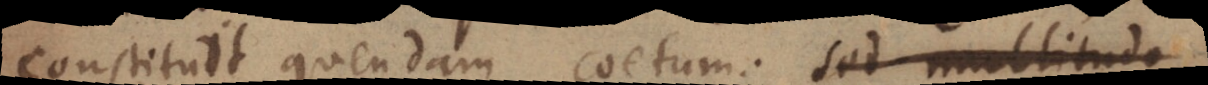
constituit quendam coetum: sed multitudo